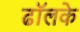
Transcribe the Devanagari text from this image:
ढॉलके